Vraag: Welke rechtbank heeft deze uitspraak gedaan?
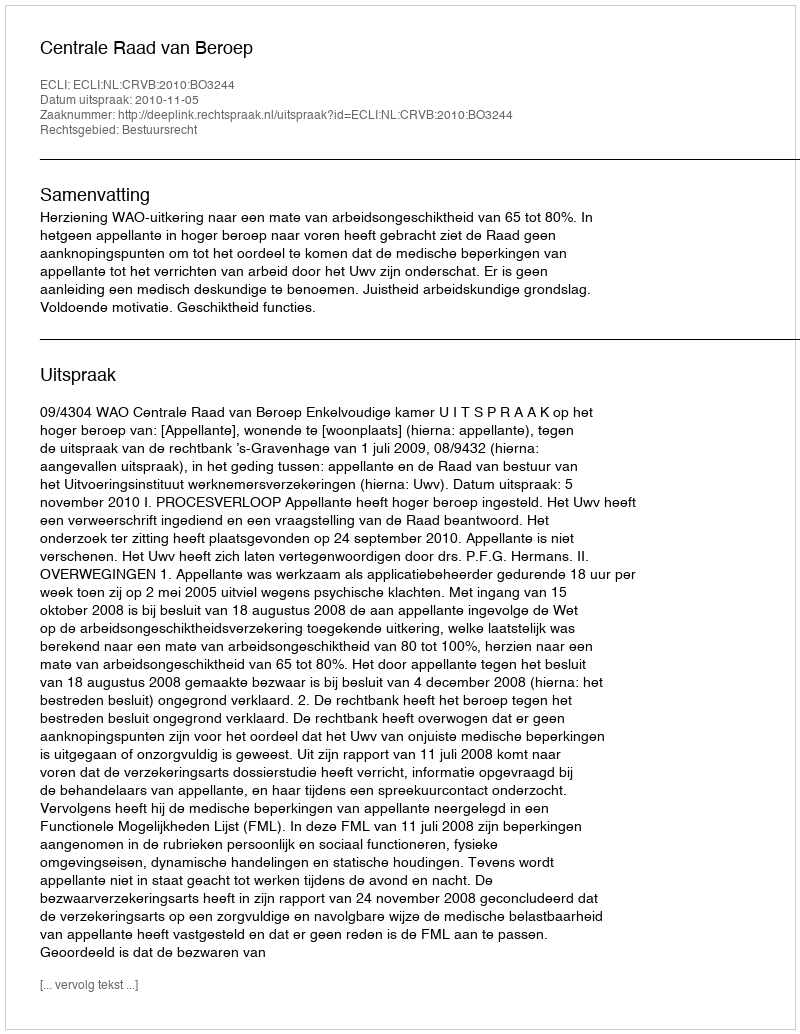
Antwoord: Centrale Raad van Beroep